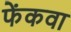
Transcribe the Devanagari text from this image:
फेंकवा